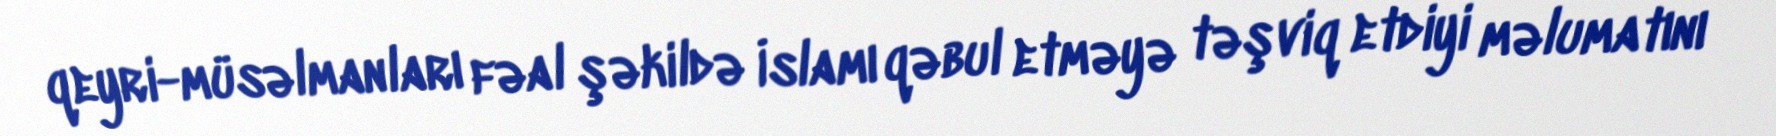
qeyri-müsəlmanları fəal şəkildə İslamı qəbul etməyə təşviq etdiyi məlumatını